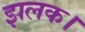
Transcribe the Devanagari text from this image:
झलक।